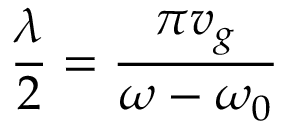
\frac { \lambda } { 2 } = \frac { \pi v _ { g } } { \omega - \omega _ { 0 } }